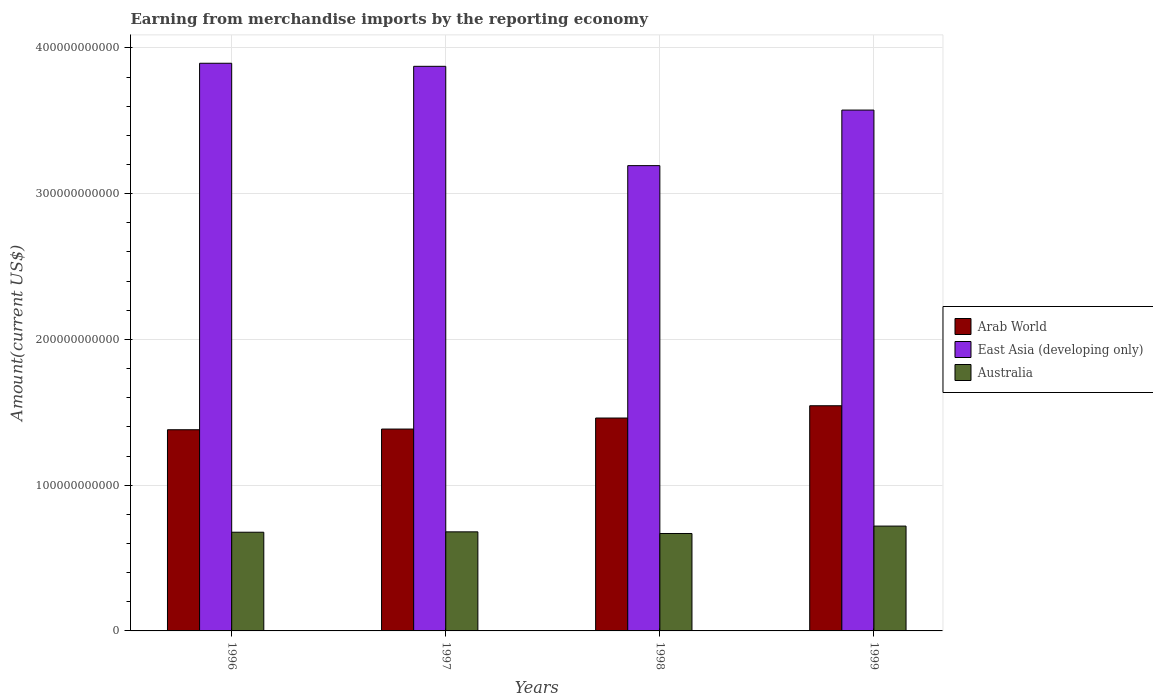
| Years | Arab World | East Asia (developing only) | Australia |
 | --- | --- | --- | --- |
 | 1996 | 1.38e+11 | 3.89e+11 | 6.77e+10 |
 | 1997 | 1.38e+11 | 3.87e+11 | 6.8e+10 |
 | 1998 | 1.46e+11 | 3.19e+11 | 6.69e+10 |
 | 1999 | 1.54e+11 | 3.57e+11 | 7.19e+10 |